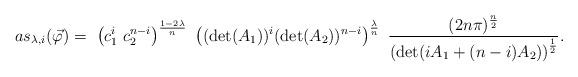
LaTeX: \begin{align*}as_{\lambda, i} (\vec \varphi) = \ \left( c_1^{i} \ c_2^{n-i} \right)^{\frac{1 - 2 \lambda}{n}} \ \left( (\det(A_1))^{i} ( \det(A_2) )^{n-i} \right)^{\frac{\lambda}{n}} \ \frac{( 2 n \pi)^{\frac{n}{2}}}{ \left( \det( i A_1 + (n-i) A_2) \right)^{\frac{1}{2}}}.\end{align*}